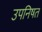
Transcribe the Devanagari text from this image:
उपनिषत